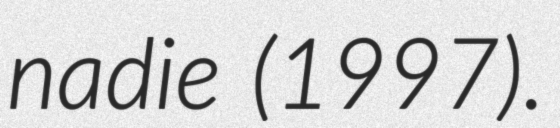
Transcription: nadie (1997).